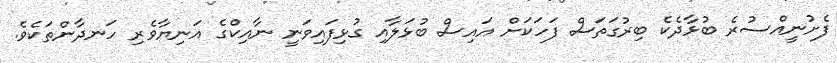
ފެށުނީއްސުރެ ބުޅާދެކެ ބިރުގަތަސް ފަހަކަށް އައިސް ބުޅަލާއި ގުޅިފައިވަނީ ނާއިކްގެ އަނިޔާވެރި ހަނދާންތަކެވެ.